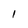
Character: I